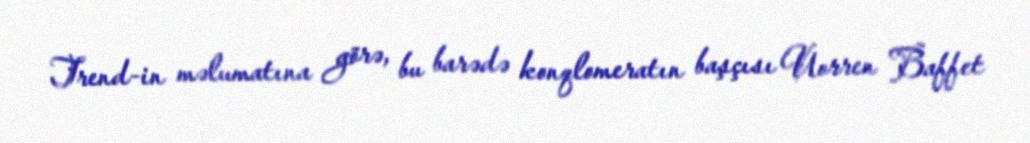
Trend-in məlumatına görə, bu barədə konqlomeratın başçısı Uorren Baffet